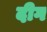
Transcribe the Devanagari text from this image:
दीग